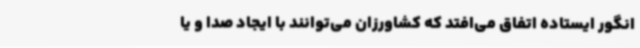
انگور ایستاده اتفاق می‌افتد که کشاورزان می‌توانند با ایجاد صدا و یا